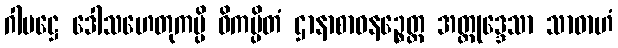
ဂါမဋ္ဌေ ဒေါသဟေတုကမ္ပိ ဝိကပ္ပိတံ ဌာနာစာဝနဉ္စေတ္ထ အတ္တုဒ္ဒေသာ သာဓာဟံ